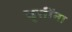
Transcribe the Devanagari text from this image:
वृत्तींना